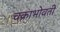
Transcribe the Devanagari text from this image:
चक्राभोवती